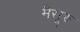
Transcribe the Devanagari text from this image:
मैसूरु